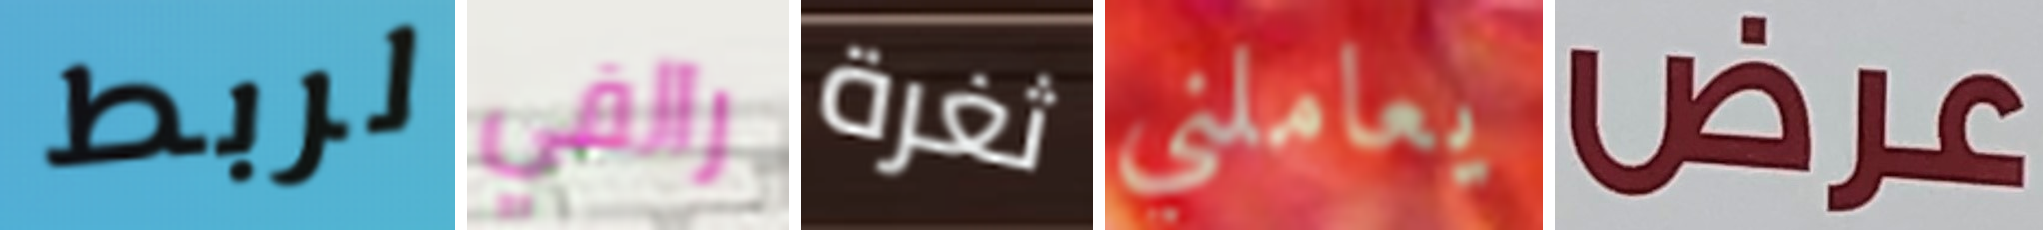
لربط رالفي ثغرة يعاملني عرض